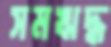
সমঋদ্ধ